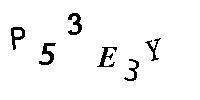
P53E3Y